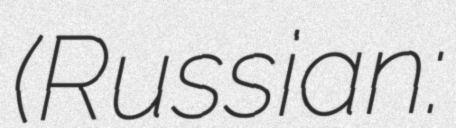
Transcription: (Russian: